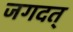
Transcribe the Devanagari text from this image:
जगदत्